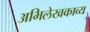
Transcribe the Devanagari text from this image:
अभिलेखकाव्य